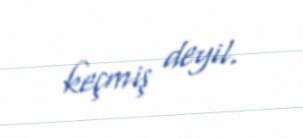
keçmiş deyil.